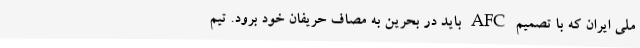
ملی ایران که با تصمیم AFC باید در بحرین به مصاف حریفان خود برود. تیم